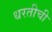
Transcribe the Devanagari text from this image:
धरतीची